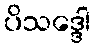
ပိသဒ္ဒေါ